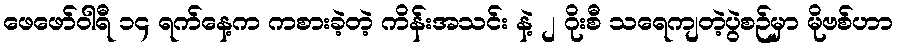
ဖေဖော်ဝါရီ ၁၄ ရက်နေ့က ကစားခဲ့တဲ့ ကိန်းအသင်း နဲ့ ၂ ဂိုးစီ သရေကျတဲ့ပွဲစဉ်မှာ မိုဗစ်ဟာ